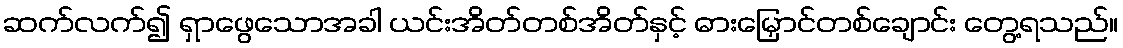
ဆက်လက်၍ ရှာဖွေသောအခါ ယင်းအိတ်တစ်အိတ်နှင့် ဓားမြှောင်တစ်ချောင်း တွေ့ရသည်။